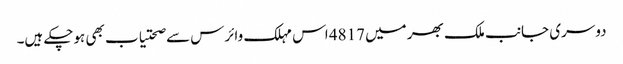
دوسری جانب ملک بھر میں 4817 اس مہلک وائرس سے صحتیاب بھی ہوچکے ہیں۔